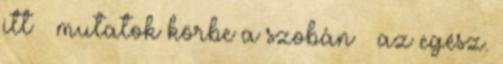
itt – mutatok körbe a szobán – az egész.